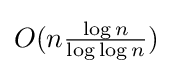
O(n{\tfrac {\log n}{\log \log n}})